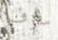
سوف